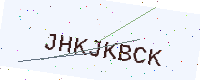
Text: JHKJKBCK